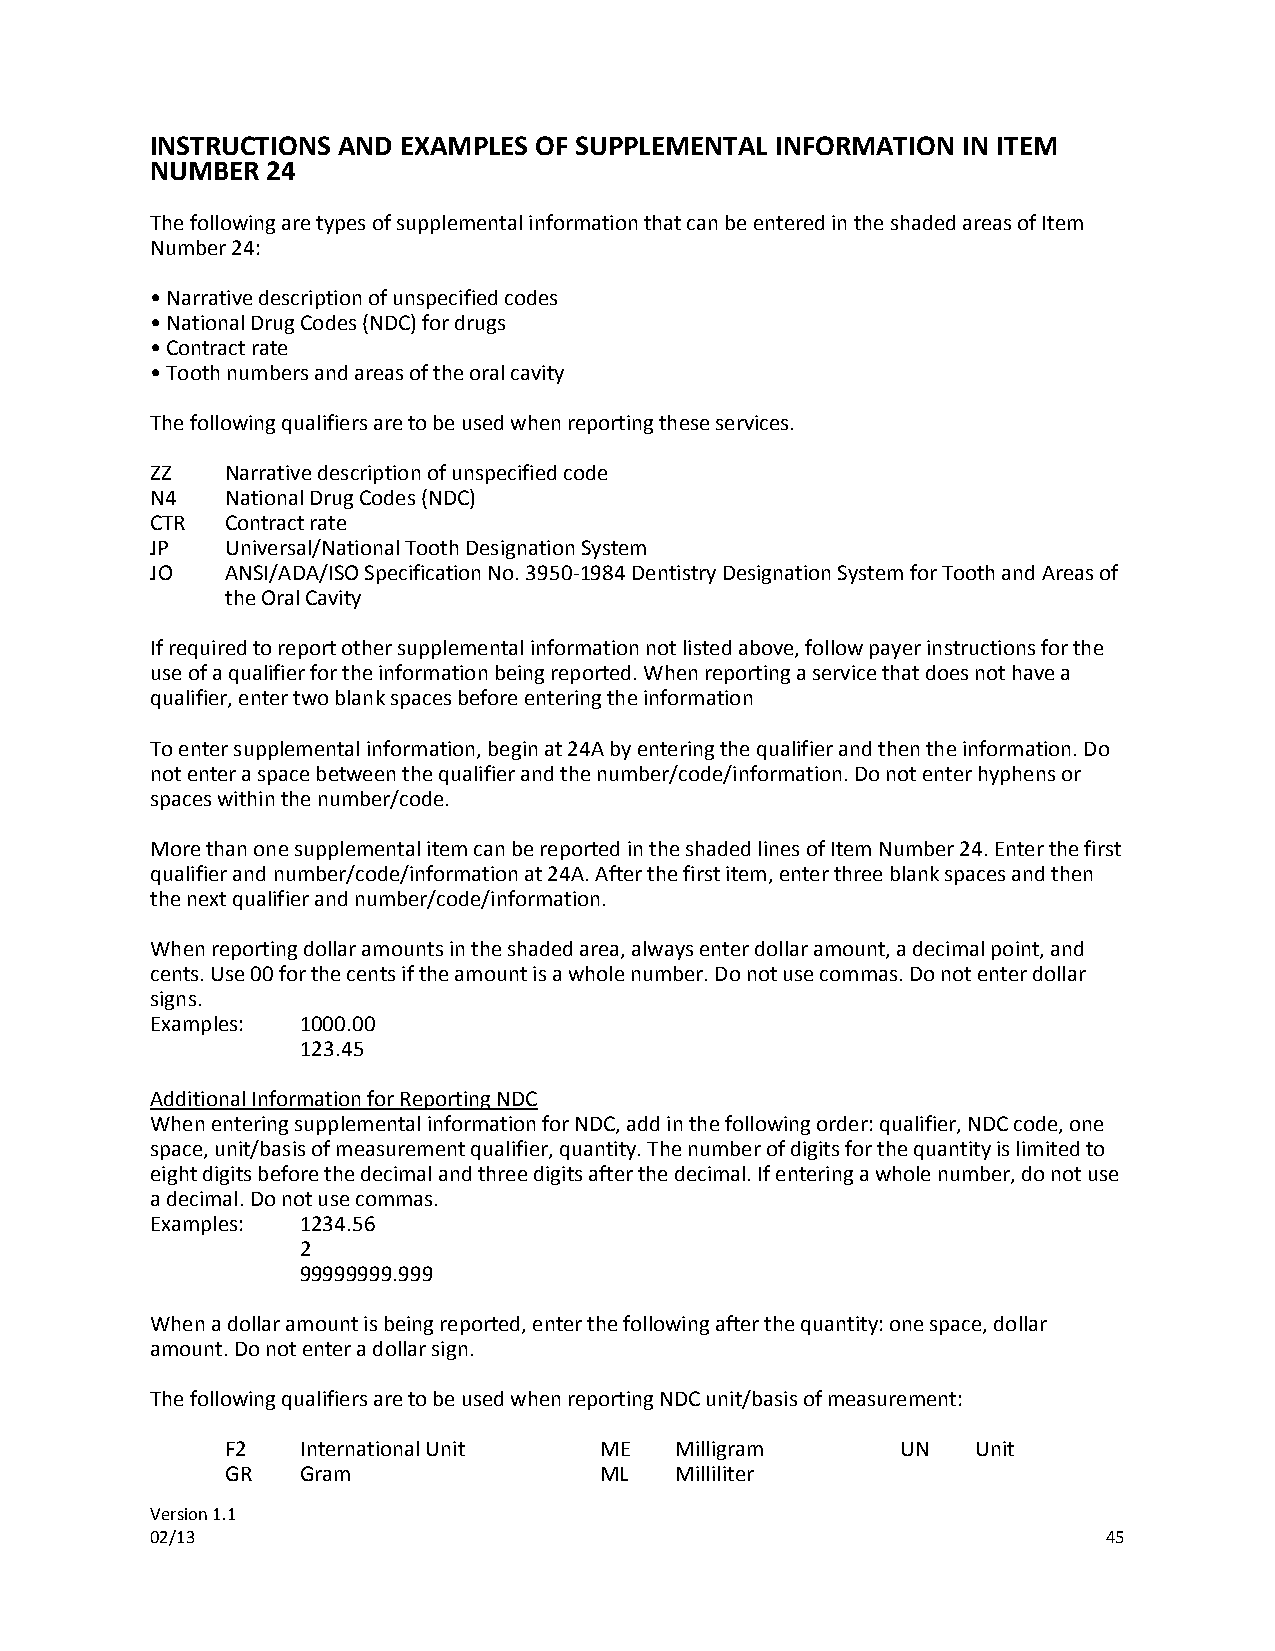
INSTRUCTIONS AND EXAMPLES OF SUPPLEMENTAL INFORMATION IN ITEM
 NUMBER  24
 The following are types of supplemental information that can be entered in the shaded areas of Item
 Number 24:
 • Narrative description of unspecified codes
 • National Drug Codes (NDC) for drugs
 • Contract rate
 • Tooth numbers and areas of the oral cavity
 The following qualifiers are to be used when reporting these services.
 ZZ   Narrative description of unspecified code
 N4   National Drug Codes (NDC)
 CTR  Contract rate
 JP   Universal/National Tooth Designation System
 JO   ANSI/ADA/ISO Specification No. 3950-1984 Dentistry Designation System for Tooth and Areas of
 the Oral Cavity
 If required to report other supplemental information not listed above, follow payer instructions for the
 use of a qualifier for the information being reported. When reporting a service that does not have a
 qualifier, enter two blank spaces before entering the information
 To enter supplemental information, begin at 24A by entering the qualifier and then the information. Do
 not enter a space between the qualifier and the number/code/information. Do not enter hyphens or
 spaces within the number/code.
 More than one supplemental item can be reported in the shaded lines of Item Number 24. Enter the first
 qualifier and number/code/information at 24A. After the first item, enter three blank spaces and then
 the next qualifier and number/code/information.
 When reporting dollar amounts in the shaded area, always enter dollar amount, a decimal point, and
 cents. Use 00 for the cents if the amount is a whole number. Do not use commas. Do not enter dollar
 signs.
 Examples: 1000.00
 123.45
 Additional Information for Reporting NDC
 When entering supplemental information for NDC, add in the following order: qualifier, NDC code, one
 space, unit/basis of measurement qualifier, quantity. The number of digits for the quantity is limited to
 eight digits before the decimal and three digits after the decimal. If entering a whole number, do not use
 a decimal. Do not use commas.
 Examples: 1234.56
 2
 99999999.999
 When a dollar amount is being reported, enter the following after the quantity: one space, dollar
 amount. Do not enter a dollar sign.
 The following qualifiers are to be used when reporting NDC unit/basis of measurement:
 F2   International Unit  ME   Milligram      UN   Unit
 GR   Gram                ML   Milliliter
 Version 1.1
 02/13                                                          45